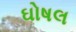
ઘોષલ